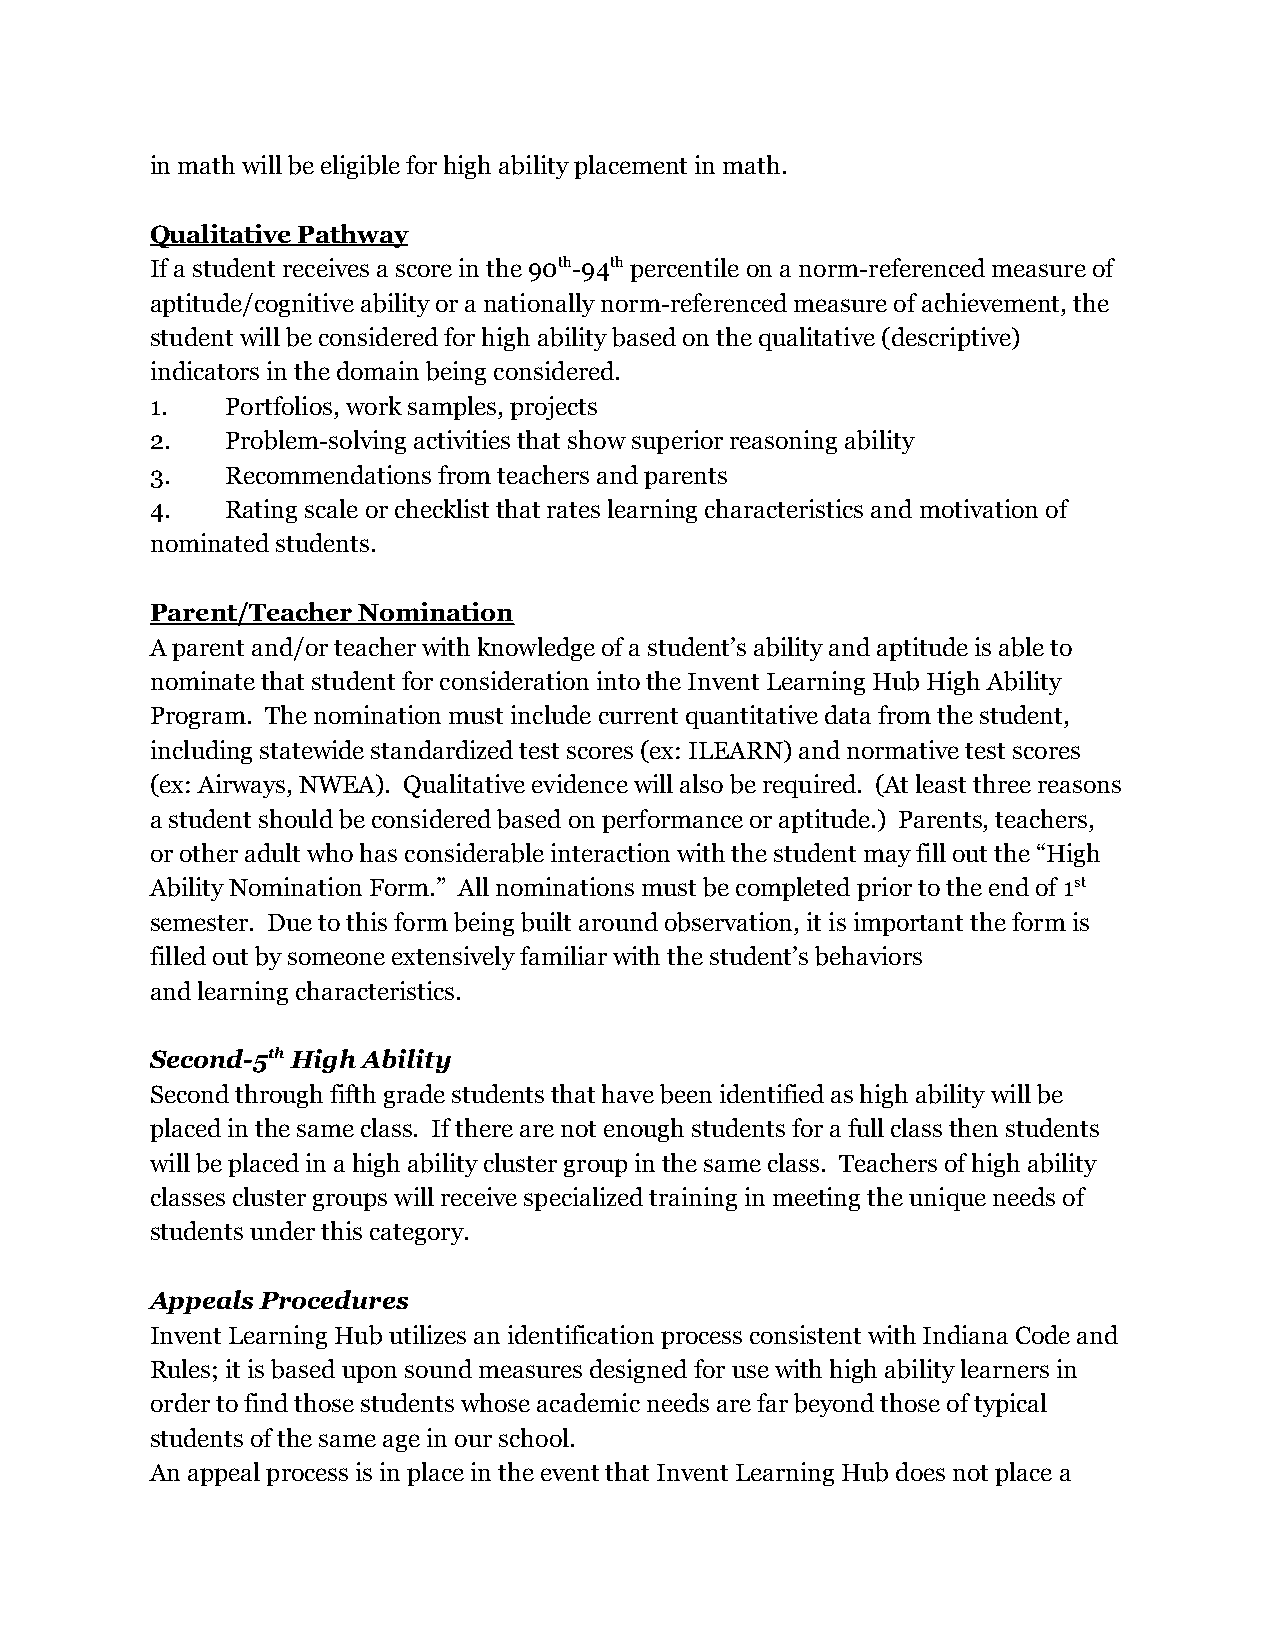
in math will be eligible for high ability placement in math.
 Qualitative Pathway
 If a student receives a score in the 90th-94thpercentileon a norm-referenced measure of
 aptitude/cognitive ability or a nationally norm-referenced measure of achievement, the
 student will be considered for high ability based on the qualitative (descriptive)
 indicators in the domain being considered.
 1.   Portfolios, work samples, projects
 2.   Problem-solving activities that show superior reasoning ability
 3.   Recommendations from teachers and parents
 4.   Rating scale or checklist that rates learning characteristics and motivation of
 nominated students.
 Parent/Teacher Nomination
 A parent and/or teacher with knowledge of a student’s ability and aptitude is able to
 nominate that student for consideration into the Invent Learning Hub High Ability
 Program. The nomination must include current quantitative data from the student,
 including statewide standardized test scores (ex: ILEARN) and normative test scores
 (ex: Airways, NWEA). Qualitative evidence will also be required. (At least three reasons
 a student should be considered based on performance or aptitude.) Parents, teachers,
 or other adult who has considerable interaction with the student may fill out the “High
 Ability Nomination Form.” All nominations must be completed prior to the end of 1st
 semester. Due to this form being built around observation, it is important the form is
 filled out by someone extensively familiar with the student’s behaviors
 and learning characteristics.
 Second-5th High Ability
 Second through fifth grade students that have been identified as high ability will be
 placed in the same class. If there are not enough students for a full class then students
 will be placed in a high ability cluster group in the same class. Teachers of high ability
 classes cluster groups will receive specialized training in meeting the unique needs of
 students under this category.
 Appeals Procedures
 Invent Learning Hub utilizes an identification process consistent with Indiana Code and
 Rules; it is based upon sound measures designed for use with high ability learners in
 order to find those students whose academic needs are far beyond those of typical
 students of the same age in our school.
 An appeal process is in place in the event that Invent Learning Hub does not place a